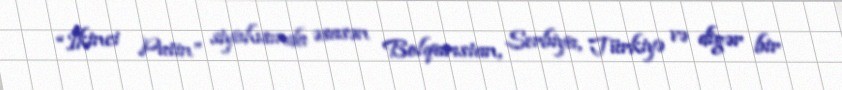
“İkinci Putin” siyahısında əsasən Bolqarıstan, Serbiya, Türkiyə və digər bir